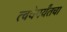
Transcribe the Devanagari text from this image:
त्वचेपर्यंतचा